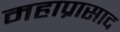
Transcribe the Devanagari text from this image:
महाप्रासाद